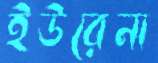
ইউরেনা